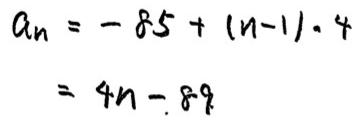
\[
\begin{align*}
a_n&=-85+(n - 1)\cdot4\\
&=4n-89
\end{align*}
\]